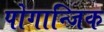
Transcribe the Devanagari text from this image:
पोगान्जिक